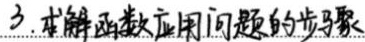
3. 求解函数应用问题的步骤：